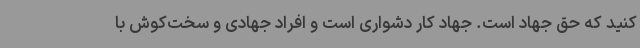
کنید که حق جهاد است. جهاد کار دشواری است و افراد جهادی و سخت‌کوش با